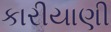
કારીયાણી